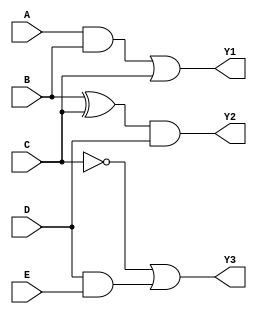
module combinational_logic_block (
    input wire A,
    input wire B,
    input wire C,
    input wire D,
    input wire E,
    output wire Y1,
    output wire Y2,
    output wire Y3
);

// Group 1: {A, B, C}
// Logic operation: Y1 = A AND B OR C
wire group1_result;
assign group1_result = (A & B) | C;

// Group 2: {B, C, D}
// Logic operation: Y2 = B XOR C AND D
wire group2_result;
assign group2_result = (B ^ C) & D;

// Group 3: {C, D, E}
// Logic operation: Y3 = NOT C OR D AND E
wire group3_result;
assign group3_result = (~C) | (D & E);

// Final outputs
assign Y1 = group1_result;      // Output from Group 1
assign Y2 = group2_result;      // Output from Group 2
assign Y3 = group3_result;      // Output from Group 3

endmodule